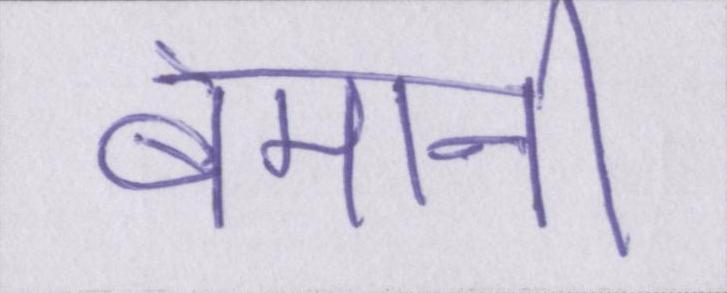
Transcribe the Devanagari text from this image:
बेमानी